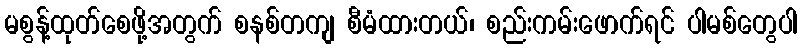
မစွန့်ထုတ်စေဖို့အတွက် စနစ်တကျ စီမံထားတယ်၊ စည်းကမ်းဖောက်ရင် ပါမစ်တွေပါ